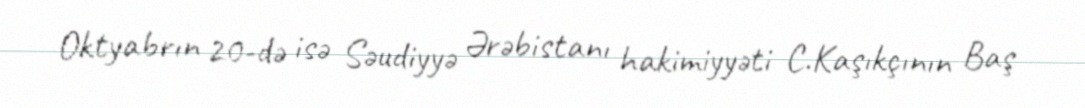
Oktyabrın 20-də isə Səudiyyə Ərəbistanı hakimiyyəti C.Kaşıkçının Baş